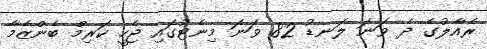
ރެއާލުގެ ދެ ވަނަ ލަނޑު 82 ވަނަ މިނެޓުގައި ޖެހީ ކަރިމް ބެންޒެމާ